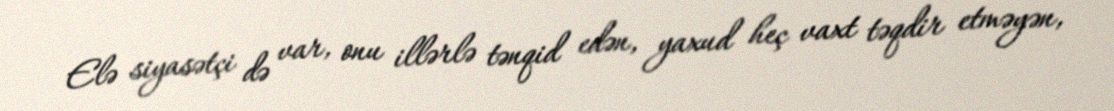
Elə siyasətçi də var, onu illərlə tənqid edən, yaxud heç vaxt təqdir etməyən,